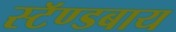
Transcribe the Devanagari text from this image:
स्टॅण्डबाय